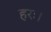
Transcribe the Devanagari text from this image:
हरः।